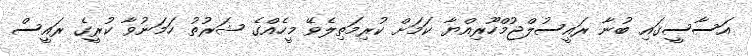
އަސާސީގައި ބުނާ ރައީސުލްޖުމްހޫރިއްޔާ ކަމަށް ކުރިމަތިލެވޭ މީހެއްގެ ޝަރުތު ހަމަނުވާ ކުރީގެ ރައީސް